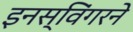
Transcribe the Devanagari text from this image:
इनस्विंगरने